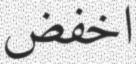
اخفض